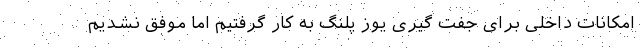
امکانات داخلی برای جفت گیری یوز پلنگ به کار گرفتیم اما موفق نشدیم